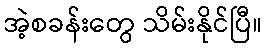
အဲ့စခန်းတွေ သိမ်းနိုင်ပြီ။